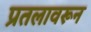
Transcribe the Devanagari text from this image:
प्रतलावरून